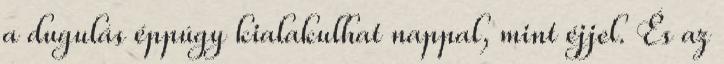
a dugulás éppúgy kialakulhat nappal, mint éjjel. És az